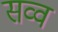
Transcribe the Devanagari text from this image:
सव्व